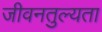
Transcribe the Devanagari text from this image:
जीवनतुल्यता